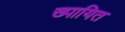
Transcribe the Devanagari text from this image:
ख्पायित